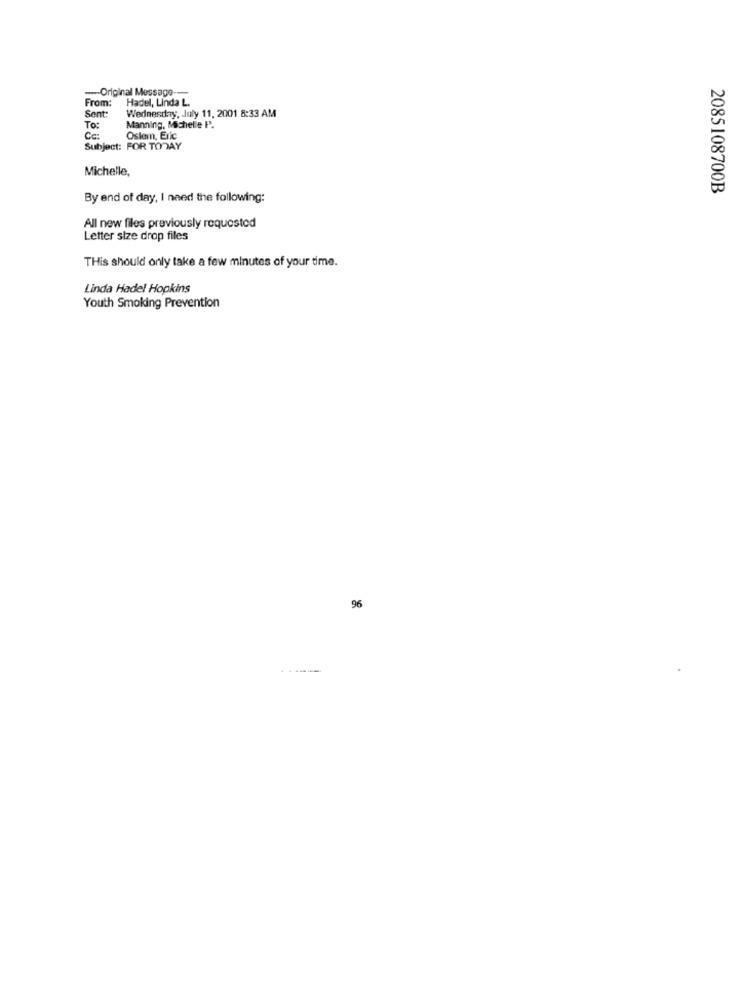
-Original Message-
From: Hadel, Linda L.
Sent:
Wednesday, July 11, 2001 8:33 AM
To:
Manning, Michelle P.
Cc:
Oslem, Eric
Subject: FOR TODAY
Michelle,
2085108700B
By end of day, I need the following:
All new files previously requested
Letter size drop files
THis should only take a few minutes of your time.
Linda Hadel Hopkins
Youth Smoking Prevention
96
-----